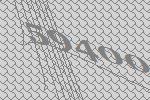
59400